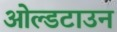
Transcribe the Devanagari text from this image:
ओल्डटाउन